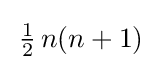
\,{\tfrac {1}{2}}\,n(n+1)